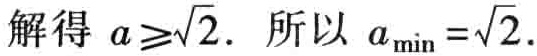
解得 \(a\geqslant\sqrt{2}\). 所以 \(a_{\min}=\sqrt{2}\).